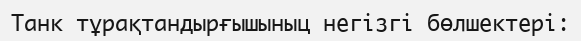
Танк тұрақтандырғышыныц негізгі бөлшектері: